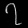
Digit: ၇